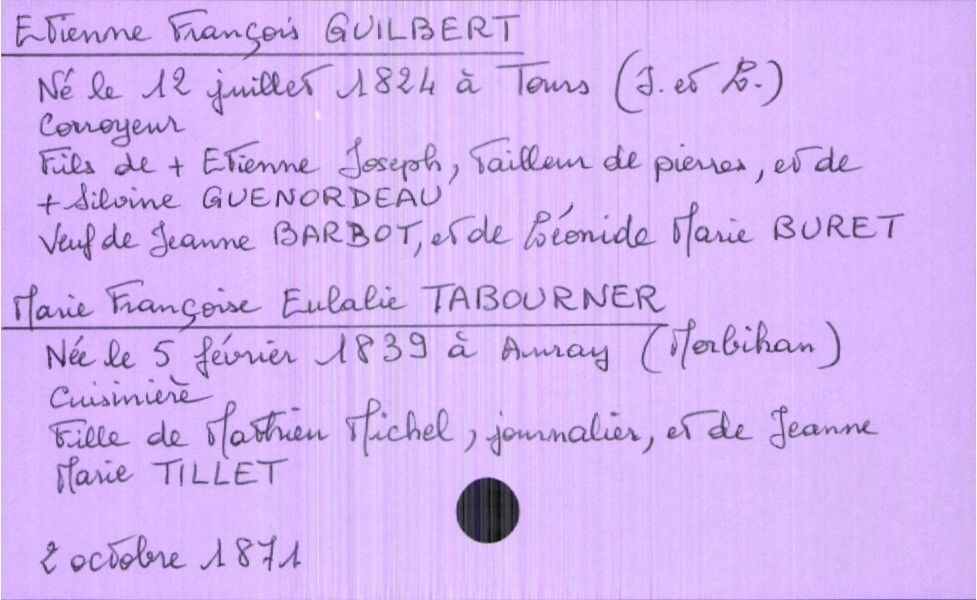
type_acte: Mariage
année: 1871
mois: octobre
jour: 2
observations: 3e mariage pour le marié : Mariage en seconde noce à Léonide Marie Buret
marié_nom: Guilbert
marié_prénom: Etienne François
marié_profession: Corroyeur
marié_date_de_naissance: 12 juillet 1824
marié_lieu_de_naissance: Tours (Indre et Loire)
marié_statut: veuf
père_marié_nom: Guilbert
père_marié_prénom: Etienne Joseph
père_marié_profession: tailleur de pierres
père_marié_statut: décédé
mère_marié_nom: Guenordeau
mère_marié_prénom: Silvine
mère_marié_statut: décédée
mariée_nom: Tabourner
mariée_prénom: Françoise Eulalie
mariée_profession: Cuisinière
mariée_date_de_naissance: 5 février 1839
mariée_lieu_de_naissance: Auray (Morbihan)
père_mariée_nom: Tabourner
père_mariée_prénom: Mathieu Michel
père_mariée_profession: journalier
mère_mariée_nom: Tillet
mère_mariée_prénom: Jeanne Marie